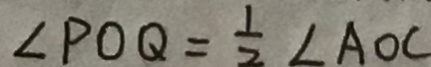
\angle P O Q = \frac { 1 } { 2 } \angle A O C